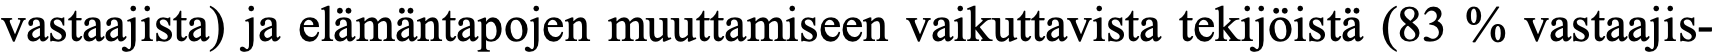
vastaajista) ja elämäntapojen muuttamiseen vaikuttavista tekijöistä (83 % vastaajis-